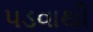
પડવાથી